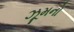
ઝૂમનો